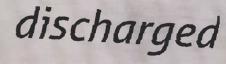
discharged